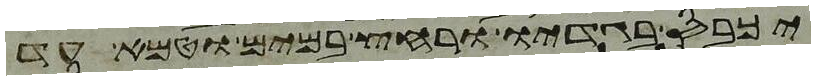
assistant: יכבס בגדיו ורחץ במים וטמא עד